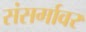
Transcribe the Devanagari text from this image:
संसर्गावर